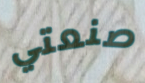
صنعتي